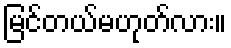
မြင်တယ်မဟုတ်လား။